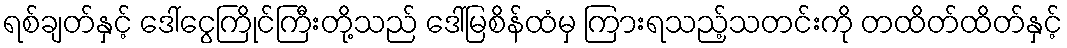
ရစ်ချတ်နှင့် ဒေါ်ငွေကြိုင်ကြီးတို့သည် ဒေါ်မြစိန်ထံမှ ကြားရသည့်သတင်းကို တထိတ်ထိတ်နှင့်